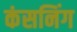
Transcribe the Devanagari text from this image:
कंसनिंग